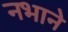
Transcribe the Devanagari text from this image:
नभाने